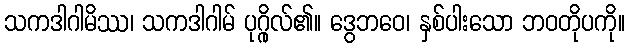
သကဒါဂါမိဿ၊ သကဒါဂါမ် ပုဂ္ဂိုလ်၏။ ဒွေဘဝေ၊ နှစ်ပါးသော ဘဝတိုပကို။